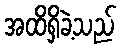
အထိရှိခဲ့သည်